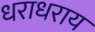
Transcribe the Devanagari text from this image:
धराधराय